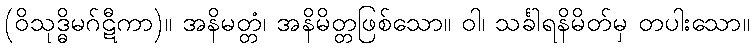
(ဝိသုဒ္ဓိမဂ်ဋီကာ)။ အနိမတ္တံ၊ အနိမိတ္တဖြစ်သော။ ဝါ၊ သင်္ခါရနိမိတ်မှ တပါးသော။